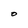
Character: O